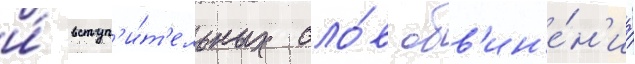
и́ вступ'и́т'ельных сло́в обв'ин'е́н'иа